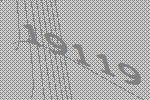
19119